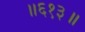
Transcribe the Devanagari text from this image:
॥६१३॥